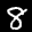
Label: 8